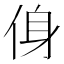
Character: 㑗